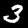
Digit: 3